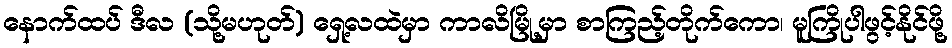
နောက်ထပ် ဒီလ (သို့မဟုတ်) ရှေ့လထဲမှာ ကာလိမြို့မှာ စာကြည့်တိုက်ကော၊ မူကြိုပါဖွင့်နိုင်ဖို့